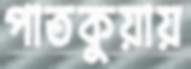
পাতকুয়ায়